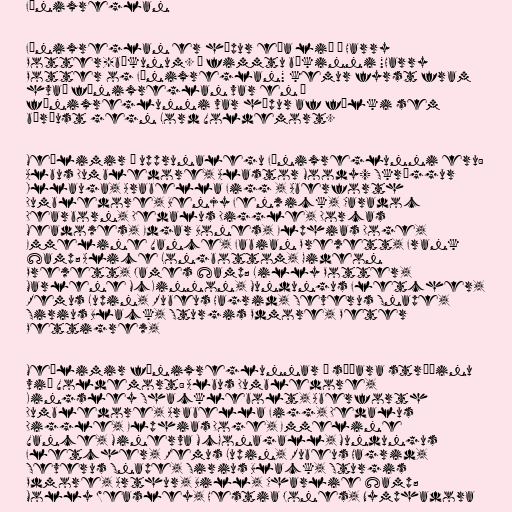
Fönixreglan

Fönixreglan er hópur eða lið í Harry
Potter-bókunum. Í fimmtu bókinni "Harry
Potter og Fönixreglan" kemur fyrst fram
hvað fönixreglan var en í
fönixreglunni var hópur af fólki sem
börðust gegn Lord Voldemort.

Meðlimir í upprunalegu Fönixreglunni eru:
Albus Dumbledore, Alastor Moody/ Skröggur
Illauga, Arabella Figg , Aberforth
Dumbledore, Benjy Fenwick, Caradoc
Dearborn, Dedalus Diggle, Dorcas
Meadowes, Edgar Bones, Elphias Doge,
Emmeline Vance, Fabian Prewett, Frank
&amp; Alice Longbottom, Gideon
Prewett, James &amp; Lilly Potter,
Marlene McKinnon, Mundungus Fletcher,
Remus Lupin, Rubeus Hagrid, Severus Snape,
Sirius Black, Sturgis Pdmore, Peter
Pettigrew,

Meðlimir fönixreglunnar í síðara stríðinu
við Voldemort: Albus Dumbledore,
Kingsley Shacklebolt, Aberforth
Dumbledore, Arabella Figg, Dedalus
Diggle, Elphias Doge, Emmeline
Vance, Minerva McGonagall, Mundungus
Fletcher, Remus Lupin, Rubeus Hagrid,
Severus Snape, Sirius Black, Sturgis
Pdmore, Arthur, Bill, Charlie &amp;
Molly Weasley, Hestia Jones, Nymphadora